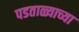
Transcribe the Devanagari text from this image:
पडताळ्याच्या